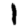
Digit: 1